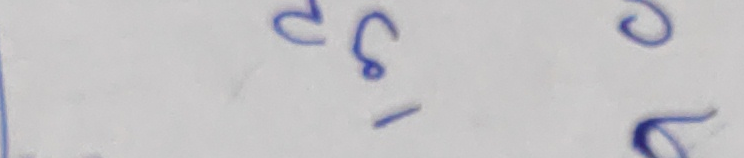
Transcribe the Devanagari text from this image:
३९